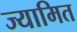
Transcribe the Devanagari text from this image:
ज्यामित